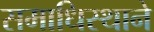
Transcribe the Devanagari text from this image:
समाधिस्थाने